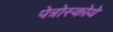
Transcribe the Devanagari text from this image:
पेत्रोस्कोये